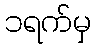
၁ရက်မှ